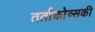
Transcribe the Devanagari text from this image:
तर्ताकोव्सकी